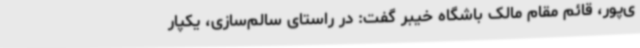
ی‌پور، قائم مقام مالک باشگاه خیبر گفت: در راستای سالم‌سازی، یکپار